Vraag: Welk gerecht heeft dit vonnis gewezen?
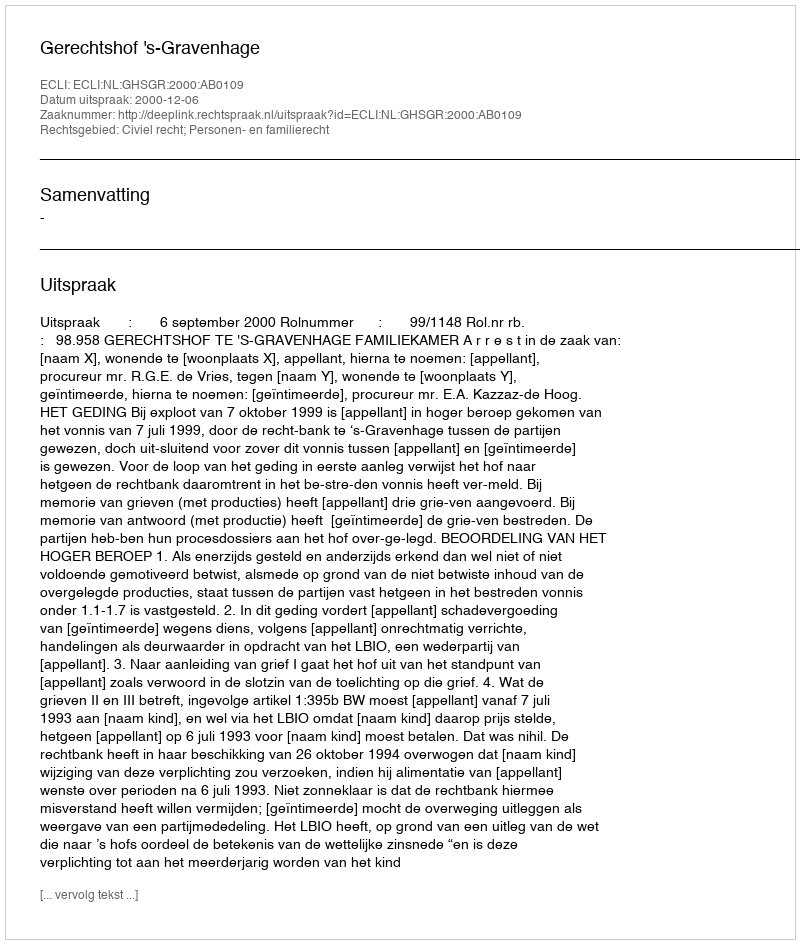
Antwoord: Gerechtshof 's-Gravenhage